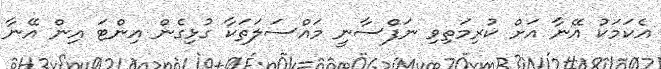
އެކަމަކު އޭނާ އަށް ކުރިމަތިވި ނަފްސާނީ މައްސަލަތަކާ ގުޅިގެން އިންޓަ އިން އޭނާ